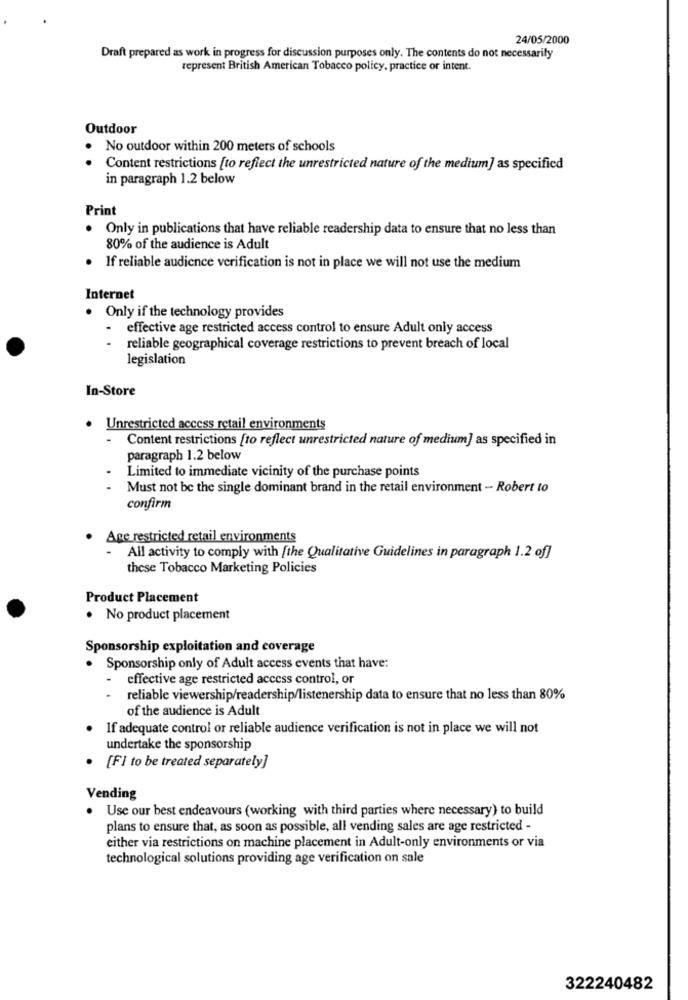
24/05/2000
Draft prepared as work in progress for discussion purposes only. The contents do not necessarily
represent British American Tobacco policy, practice or intent.
Outdoor
No outdoor within 200 meters of schools
Content restrictions [to reflect the unrestricted nature of the medium] as specified
in paragraph 1.2 below
Print
Only in publications that have reliable readership data to ensure that no less than
80% of the audience is Adult
If reliable audience verification is not in place we will not use the medium
Internet
Only if the technology provides
effective age restricted access control to ensure Adult only access
reliable geographical coverage restrictions to prevent breach of local
legislation
In-Store
· Unrestricted access retail environments
-
Content restrictions [to reflect unrestricted nature of medium] as specified in
paragraph 1.2 below
Limited to immediate vicinity of the purchase points
Must not be the single dominant brand in the retail environment - Robert to
confirm
Age restricted retail environments
All activity to comply with [the Qualitative Guidelines in paragraph 1.2 of]
these Tobacco Marketing Policies
Product Placement
. No product placement
Sponsorship exploitation and coverage
. Sponsorship only of Adult access events that have:
effective age restricted access control, or
reliable viewership/readership/listenership data to ensure that no less than 80%
of the audience is Adult
If adequate control or reliable audience verification is not in place we will not
undertake the sponsorship
[FI to be treated separately]
Vending
. Use our best endeavours (working with third parties where necessary) to build
plans to ensure that, as soon as possible, all vending sales are age restricted -
either via restrictions on machine placement in Adult-only environments or via
technological solutions providing age verification on sale
322240482